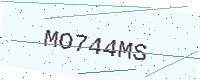
Text: MO744MS